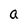
Character: a